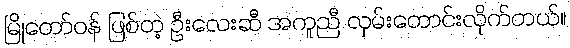
မြိုတော်ဝန် ဖြစ်တဲ့ ဦးလေးဆီ အကူညီ လှမ်းတောင်းလိုက်တယ်။